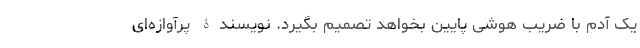
یک آدم با ضریب هوشی پایین بخواهد تصمیم بگیرد. نویسندۀ پرآوازه‌ای